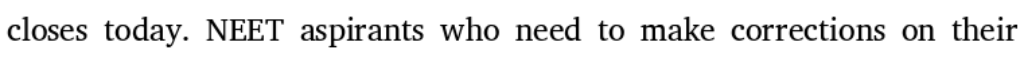
closes today. NEET aspirants who need to make corrections on their